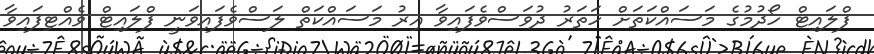
ފްލައިޓް ހޯދުމުގެ މަސައްކަތަށް ހަތަރު ދުވަސްވެފައިވާ އިރު މަސައްކަތް ލަސްވެފައިވަނީ ފްލައިޓް ވެއްޓިފައިވާ